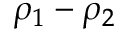
\rho _ { 1 } - \rho _ { 2 }